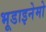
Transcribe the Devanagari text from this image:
भूडाइनेमो